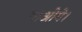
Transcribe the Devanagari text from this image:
पाओगे।